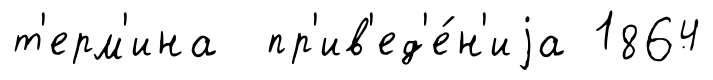
т'ерм'ина пр'ив'ед'е́н'иjа 1864